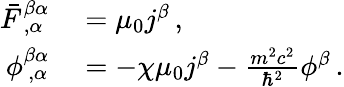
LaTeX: \begin{array}{rl}{\bar{F}_{\, ,\alpha}^{\beta\alpha}}&{{}=\mu_{0}j^{\beta}\, ,}\\ {\phi_{\, ,\alpha}^{\beta\alpha}}&{{}=-\chi\mu_{0}j^{\beta}-\frac{m^{2}c^{2}}{\hbar^{2}}\phi^{\beta}\, .}\end{array}